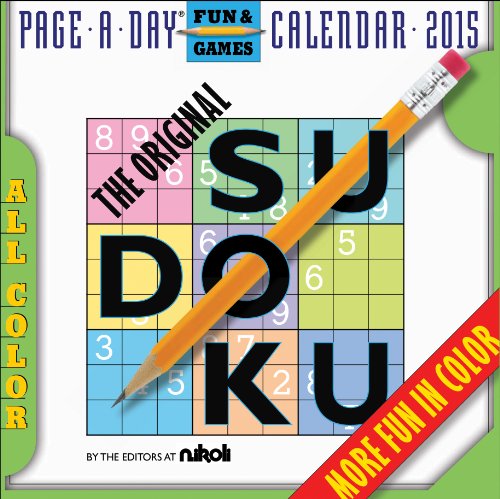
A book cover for The Original Sudoku 2015 Page-A-Day Calendar; Editors at Nikoli; Calendars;